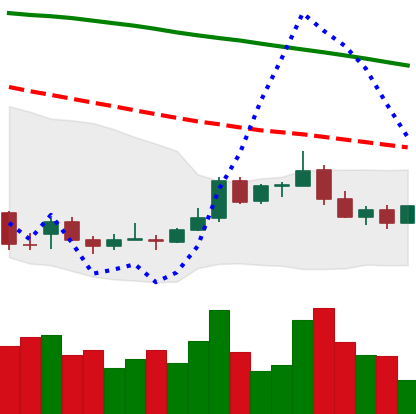
Ticker: ADA-USD
Chart end date: 2022-01-01
Forward return: -7.058%
Label: down_7plus